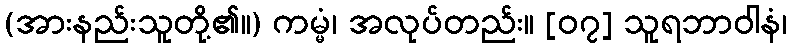
(အားနည်းသူတို့၏။) ကမ္မံ၊ အလုပ်တည်း။ [၀၇] သူရဘာဝါနံ၊